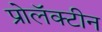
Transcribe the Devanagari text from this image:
प्रोलॅक्टीन